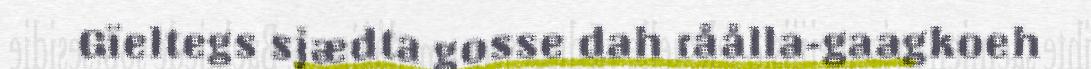
Gïeltegs sjædta gosse dah råålla-gaagkoeh